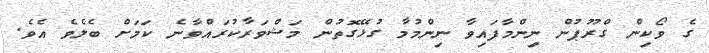
ގެ ވޯކިން ގްރޫޕުން ނިންމާފައިވާ ނިންމުމާ ގުޅޭގޮތުން މަޝްވަރާކުރައްވާނެ ކަމަށް ބެލެވެ އެވެ.